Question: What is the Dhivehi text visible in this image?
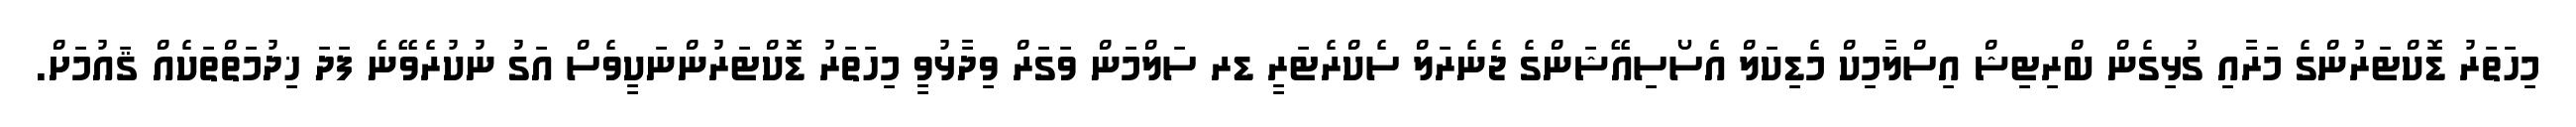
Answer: މިހަތަރު ޑޮކްޓަރުންގެ މަރާއި ގުޅިގެން ބްރިޓިޝް އިސްލާމިކް މެޑިކަލް އެސޯސިއޭޝަންގެ ޖެނެރަލް ސެކްރެޓަރީ ޑރ ސަލްމަން ވަގަރް ވިދާޅުވީ މިހަތަރު ޑޮކްޓަރުންނަކީވެސް އަގު ނުކުރެވޭނެ ފަދަ ޚިދުމަތްތަކެއް ޤައުމަށް.